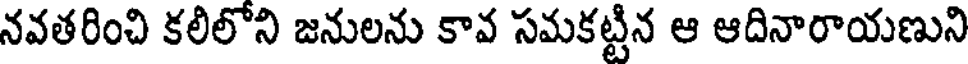
నవతరించి కలిలోని జనులను కావ సమకట్టిన ఆ ఆదినారాయణుని